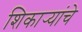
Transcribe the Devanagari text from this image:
शिकार्‍यांचे